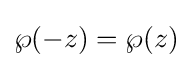
\wp (-z)=\wp (z)